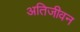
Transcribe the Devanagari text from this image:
अतिजीवन